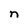
Character: n